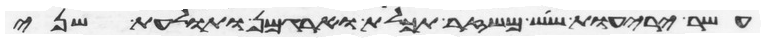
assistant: עשר יריעות שש משזר תכלת וארגמן ותולעת שני